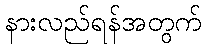
နားလည်ရန်အတွက်